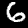
Digit: 6